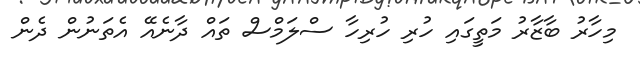
މިހާރު ބާޒާރު މަތީގައި ހުރި ހުރިހާ ސްލަމްސް ތައް ދާނެއޭ އެތަނުން ދެން